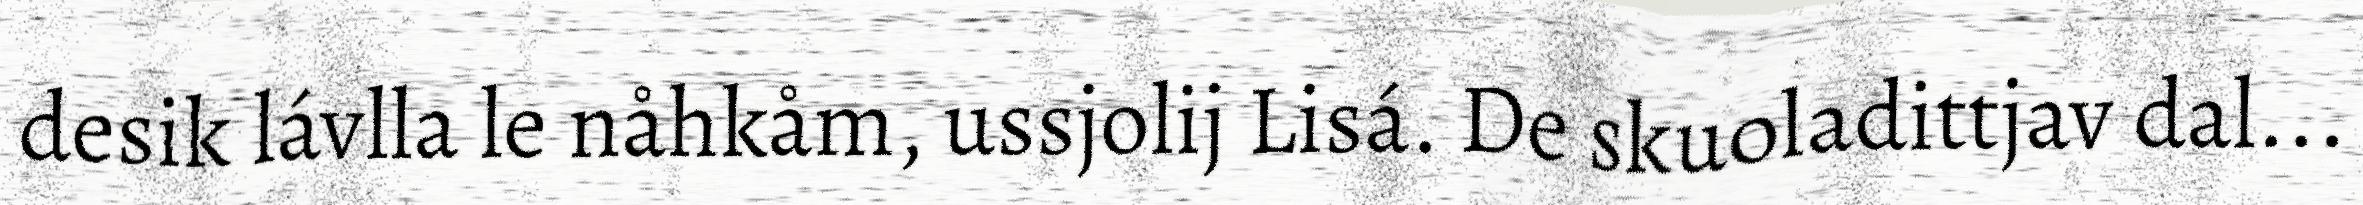
desik lávlla le nåhkåm, ussjolij Lisá. De skuoladittjav dal...